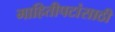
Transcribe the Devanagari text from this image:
माहितीपटांसाठी